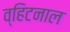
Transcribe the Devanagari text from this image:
व्हिटनाल